Bulletin of the Pasteur Institute of Southern India, Coonoor - No. 2.
Year: 1909
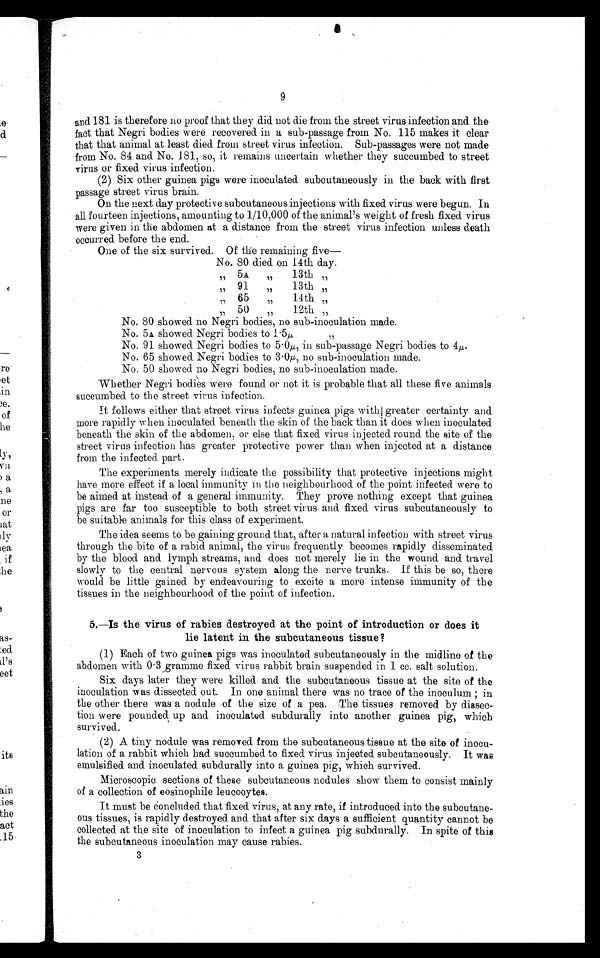
9
and 181 is therefore no proof that they did not die from the street virus infection and the
fact that Negri bodies were recovered in a sub-passage from No. 115 makes it clear
that that animal at least died from street virus infection. Sub-passages were not made
from No.84 and No. 181, so, it remains uncertain whether they succumbed to street
virus or fixed virus infection.
(2) Six other guinea pigs were inoculated subcutaneously in the back with first
passage street virus brain.
On the next day protective subcutaneous injections with fixed virus were begun. In
all fourteen injections, amounting to 1/10,000 of the animal's weight of fresh fixed virus
were given in the abdomen at a distance from the street virus infection unless death
occurred before the end.
One of the six survived. Of the remaining five
No. 80 died on 14th day.
" 5 A "
1 3 t h "
" 9 1 "
1 3 t h "
" 6 5 "
1 4 t h "
" 5 0 "
1 2 t h "
No. 80 showed no Negri bodies, no sub-inoculation made.
No. 5A showed Negri bodies to 1.5µ
No. 91 showed Negri bodies to 5.0µ in sub-passage Negri bodies to 4µ
No. 65 showed. Negri bodies to 3.0µ no sub-inoculation made.
No. 50 showed no Negri bodies, no sub-inoculation made.
Whether Negri bodies were found or not it is probable that all these five animals
succumbed to the street virus infection.
It follows either that street virus infects guinea pigs with greater certainty and
more rapidly when inoculated beneath the skin of the back than it does when inoculated
beneath the skin of the abdomen, or else that fixed virus injected round the site of the
street virus infection has greater protective power than when injected at a distance
from the infected part.
The experiments merely indicate the possibility that protective injections might
have more effect if a local immunity in the neighbourhood of the point infected were to
be aimed at instead of a general immunity. They prove nothing except that guinea
pigs are far too susceptible to both street virus and fixed virus subcutaneously to
be suitable animals for this class of experiment.
The idea seems to be gaining ground that, after a natural infection with street virus
through the bite of a rabid animal, the virus frequently becomes rapidly disseminated
by the blood and lymph streams, and does not merely lie in the wound and travel
slowly to the central nervous system along the nerve trunks. If this be so, there
would be little gained by endeavouring to excite a more intense immunity of the
tissues in the neighbourhood of the point of infection.
5.—Is the virus of rabies destroyed at the point of introduction or does it
lie latent in the subcutaneous tissue ?
(1) Each of two guinea pigs was inoculated subcutaneously in the midline of the
abdomen with 0.3 gramme fixed virus rabbit brain suspended in 1 cc. salt solution.
Six days later they were killed. and the subcutaneous tissue at the site of the
inoculation was dissected out. In one animal there was no trace of the inoculum ; in
the other there was a nodule of the size of a pea. The tissues removed by dissec--
tion were pounded up and inoculated subdurally into another guinea pig, which
survived.
(2) A. tiny nodule was removed from the subcutaneous tissue at the site of inocu-
lation of a rabbit which had. succumbed to fixed virus injected subcutaneously. It was
emulsified and. inoculated subdurally into a guinea pig, which survived.
Microscopic sections of these subcutaneous nodules show them to consist mainly
of a collection of eosinophile leucocytes.
It must be concluded that fixed virus, at any rate, if introduced into the subcutane-
ous tissues, is rapidly destroyed and that after six days a sufficient quantity cannot be
collected at the site of inoculation to infect a guinea pig subdurally. In spite of this
the subcutaneous inoculation may cause rabies.
3